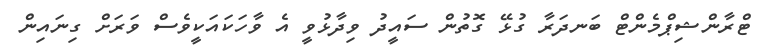
ޓްރާންޝިޕްމެންޓް ބަނދަރާ ގުޅޭ ގޮތުން ސައީދު ވިދާޅުވީ އެ ވާހަކައަކީވެސް ވަރަށް ގިނައިން